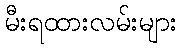
မီးရထားလမ်းများ